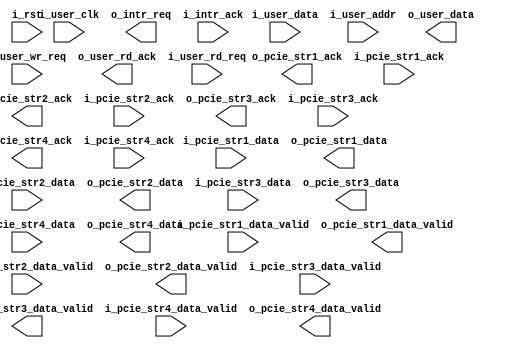
module user_logic(
    input              i_user_clk,
    input              i_rst,
    //reg i/f 
    input    [31:0]    i_user_data,
    input    [19:0]    i_user_addr,
    input              i_user_wr_req,
    output  reg [31:0] o_user_data,
    output  reg        o_user_rd_ack,
    input              i_user_rd_req, 
    //stream i/f 1
    input              i_pcie_str1_data_valid,
    output             o_pcie_str1_ack,
    input    [63:0]    i_pcie_str1_data,
    output             o_pcie_str1_data_valid,
    input              i_pcie_str1_ack,
    output   reg [63:0]o_pcie_str1_data,
    //stream i/f 2       
    input              i_pcie_str2_data_valid,
    output             o_pcie_str2_ack,
    input    [63:0]    i_pcie_str2_data,
    output             o_pcie_str2_data_valid,
    input              i_pcie_str2_ack,
    output   reg [63:0]o_pcie_str2_data,
    //stream i/f 3
    input              i_pcie_str3_data_valid,
    output             o_pcie_str3_ack,
    input    [63:0]    i_pcie_str3_data,
    output             o_pcie_str3_data_valid,
    input              i_pcie_str3_ack,
    output   reg [63:0]o_pcie_str3_data,
    //stream i/f 4
    input              i_pcie_str4_data_valid,
    output             o_pcie_str4_ack,
    input    [63:0]    i_pcie_str4_data,
    output             o_pcie_str4_data_valid,
    input              i_pcie_str4_ack,
    output   reg [63:0]o_pcie_str4_data,
    //interrupt if
    output             o_intr_req,
    input              i_intr_ack
);

endmodule